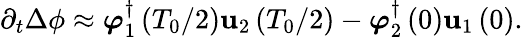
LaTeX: \partial_{t}\Delta\phi\approx\boldsymbol{\varphi}_{1}^{\dagger}\left(T_{0}/2\right)\mathbf{u}_{2}\left(T_{0}/2\right)-\boldsymbol{\varphi}_{2}^{\dagger}\left(0\right)\mathbf{u}_{1}\left(0\right).